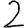
Digit: 2